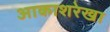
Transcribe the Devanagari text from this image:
आकाशरेखा